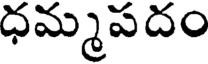
ధమ్మపదం